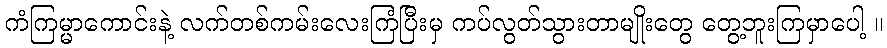
ကံကြမ္မာကောင်းနဲ့ လက်တစ်ကမ်းလေးကြံပြီးမှ ကပ်လွတ်သွားတာမျိုးတွေ တွေ့ဘူးကြမှာပေါ့ ။